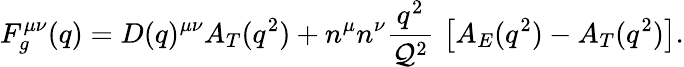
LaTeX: F_{g}^{\mu\nu}(q)=D(q)^{\mu\nu}A_{T}(q^{2})+n^{\mu}n^{\nu}{\frac{q^{2}}{{\cal Q}^{2}}}\, \left[A_{E}(q^{2})-A_{T}(q^{2})\right].